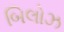
બિલોઝ